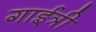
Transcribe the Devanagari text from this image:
गाईत्री